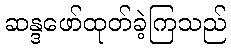
ဆန္ဒဖော်ထုတ်ခဲ့ကြသည်